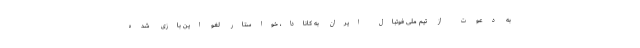
به دعوت از تیم ملی فوتبال ایران به کانادا، خواستار لغو این بازی شده